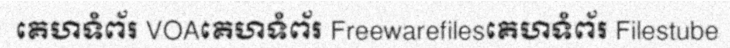
គេហទំព័រ VOAគេហទំព័រ Freewarefilesគេហទំព័រ Filestube